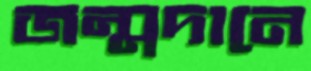
জন্মদানে